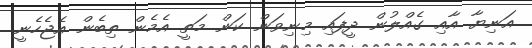
އަނިޔާ އާއި ގެއްލުން ދީފައި މިނިވަން ކަން މަތީ އެމެން ތިބެން އެޖެހެނީ